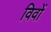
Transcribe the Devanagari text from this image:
विवों